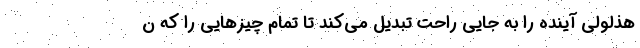
هذلولی آینده را به جایی راحت تبدیل می‌کند تا تمام چیزهایی را که ن